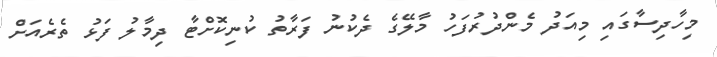
މިހާދިސާގައި މިއަދު މެންދުރުފަހު މާލޭގެ ދެކުނު ފަރާތު ކުނިކޮށްޓާ ދިމާލު ފަޅު ތެރެއަށް